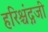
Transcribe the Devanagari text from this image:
हरिश्चंद्गजी